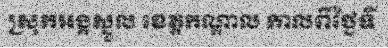
ស្រុកអង្គស្នួល ខេត្តកណ្តាល កាលពីថ្ងៃទី